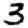
Digit: 3